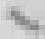
年